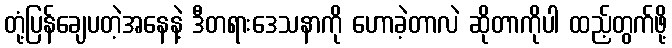
တုံ့ပြန်ချေပတဲ့အနေနဲ့ ဒီတရားဒေသနာကို ဟောခဲ့တာလဲ ဆိုတာကိုပါ ထည့်တွက်ဖို့